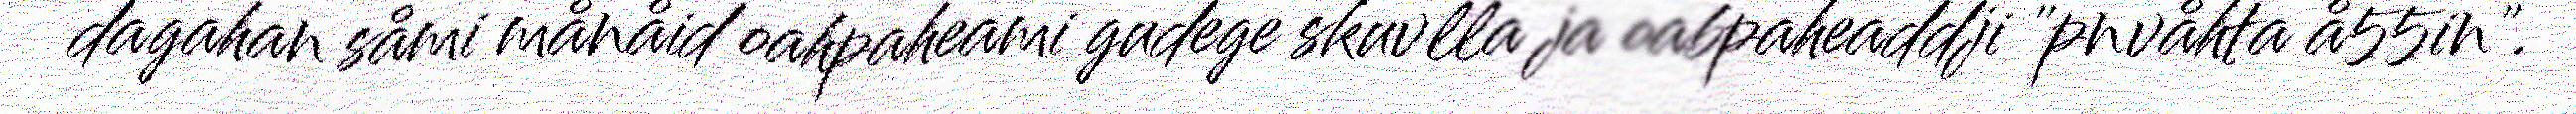
dagahan såmi månåid oahpaheami gudege skuvlla ja oabpaheaddji "pnvåhta å55in".